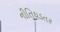
નીતિઘડતર